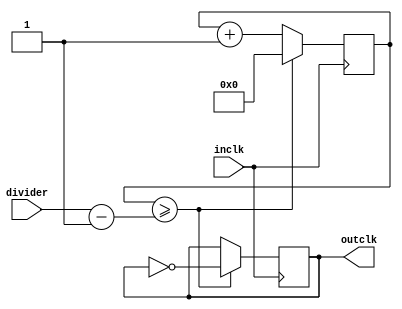
module Clock_Gen(inclk,divider,outclk);

input inclk;
reg[31:0] clk_count = 32'd0; //make it a register when ur using a variable in an always block
input [31:0] divider;

output reg outclk=0;

always @(posedge inclk)
begin

clk_count <= clk_count + 32'd1;

if (clk_count>=(divider-1))

begin
outclk <= ~outclk;
clk_count <= 32'd0;
end

end
endmodule